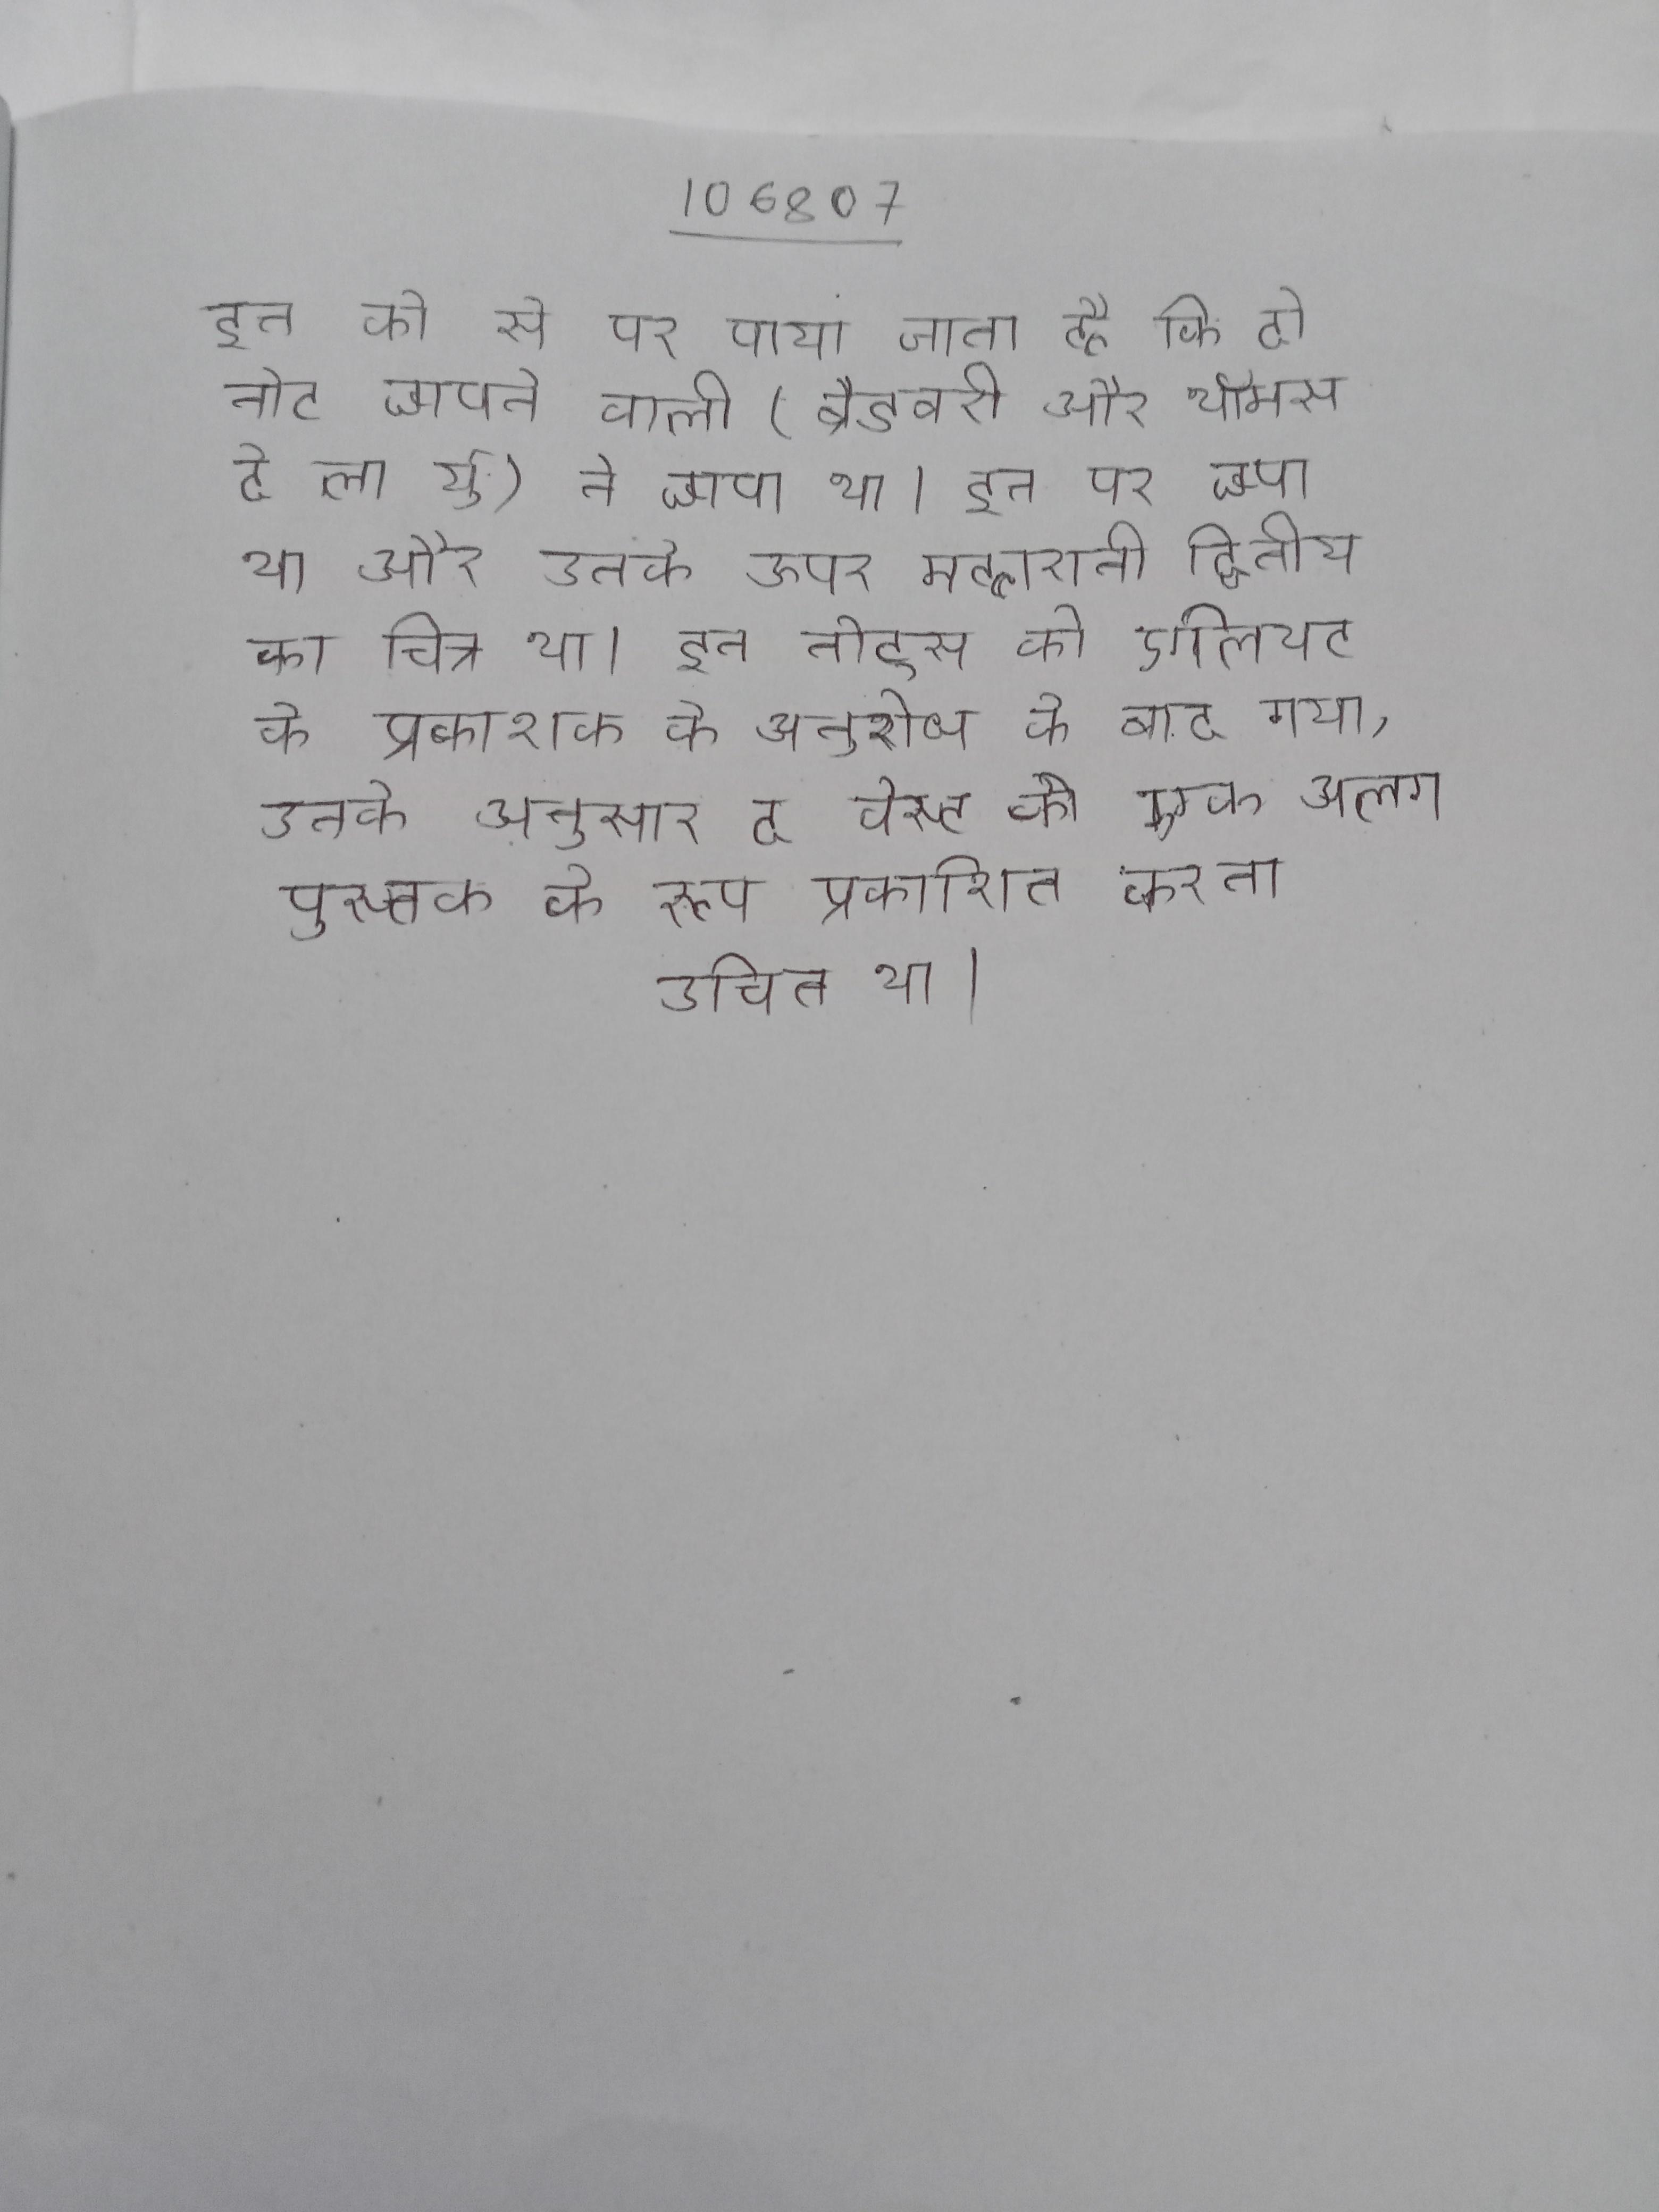
इन को से पर पाया जाता है कि दो नोट छापने वाली (ब्रैडबरी और थॉमस दे ला र्यु) ने छापा था । इन पर छपा था और उनके ऊपर महारानी द्वितीय का चित्र था । इन नोट्स को एलियट के प्रकाशक के अनुरोध के बाद गया, उनके अनुसार द वेस्ट को एक अलग पुस्तक के रूप प्रकाशित करना उचित था ।